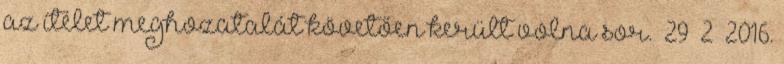
az ítélet meghozatalát követően került volna sor. 29 2 2016.